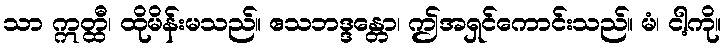
သာ ဣတ္ထီ၊ ထိုမိန်းမသည်။ ဧသဘဒ္ဒန္တော၊ ဤအရှင်ကောင်းသည်။ မံ၊ ငါ့ကို။